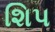
શિપ